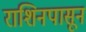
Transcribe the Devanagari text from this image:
राशिनपासून